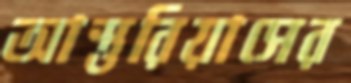
আস্তুরিয়াসের